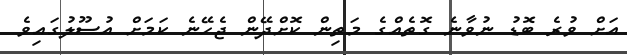
އަށް ވުރެ ބޮޑު ނުވާނެ ގޮތެއްގެ މަތިން ކޮށްދޭން ޖެހޭނެ ކަމަށް އުސޫލުގައިވެ